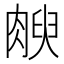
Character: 𰮻